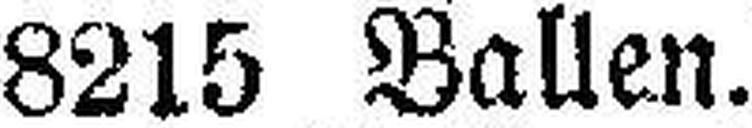
8215 Ballen.